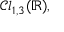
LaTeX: { \mathcal { C l } } _ { 1 , 3 } ( \mathbb { R } ) ,